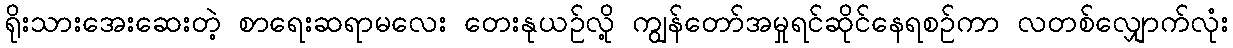
ရိုးသားအေးဆေးတဲ့ စာရေးဆရာမလေး တေးနုယဉ်လို့ ကျွန်တော်အမှုရင်ဆိုင်နေရစဉ်ကာ လတစ်လျှောက်လုံး